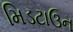
મિડટાઉન